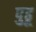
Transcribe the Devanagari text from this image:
पुढू